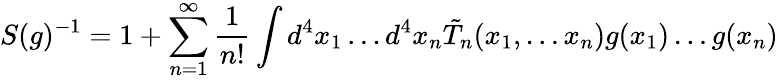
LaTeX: S(g)^{-1}=1+\sum_{n=1}^{\infty}\frac{1}{n!}\int d^{4}x_{1}\ldots d^{4}x_{n}\tilde{T}_{n}(x_{1},\ldots x_{n})g(x_{1})\ldots g(x_{n})